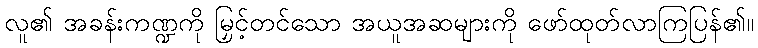
လူ၏ အခန်းကဏ္ဍကို မြှင့်တင်သော အယူအဆများကို ဖော်ထုတ်လာကြပြန်၏။